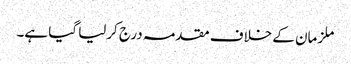
ملزمان کے خلاف مقدمہ درج کرلیا گیا ہے۔